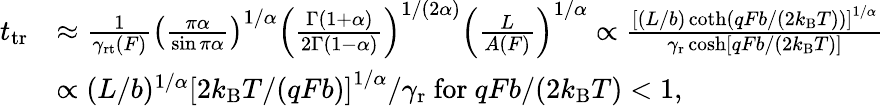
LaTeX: \begin{array}{rl}{t_{\mathrm{tr}}}&{\approx\frac{1}{\gamma_{\mathrm{rt}}(F)}\left(\frac{\pi\alpha}{\sin\pi\alpha}\right)^{1/\alpha}\left(\frac{\Gamma(1+\alpha)}{2\Gamma(1-\alpha)}\right)^{1/(2\alpha)}\left(\frac{L}{A(F)}\right)^{1/\alpha}\propto\frac{\left[(L/b)\coth(qFb/(2k_{\mathrm{B}}T))\right]^{1/\alpha}}{\gamma_{\mathrm{r}}\cosh[qFb/(2k_{\mathrm{B}}T)]}}\\ &{\propto(L/b)^{1/\alpha}\left[2k_{\mathrm{B}}T/(qFb)\right]^{1/\alpha}/\gamma_{\mathrm{r}}\mathrm{~for~}qFb/(2k_{\mathrm{B}}T)<1,}\end{array}